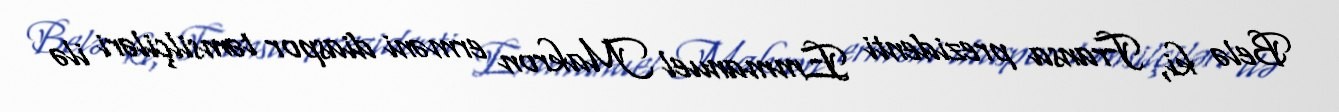
Belə ki, Fransa prezidenti Emmanuel Makron erməni diaspor təmsilçiləri ilə